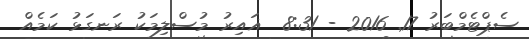
ސެޕްޓެމްބަރު 17